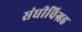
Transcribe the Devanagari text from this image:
संधीविग्रह